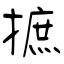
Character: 摭